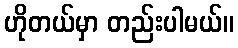
ဟိုတယ်မှာ တည်းပါမယ်။